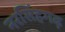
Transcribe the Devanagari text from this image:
नरसिँहगढ़